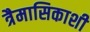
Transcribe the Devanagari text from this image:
त्रैमासिकाशी